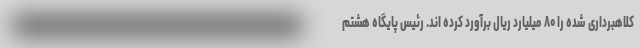
کلاهبرداری شده را ۸۰ میلیارد ریال برآورد کرده اند. رئیس پایگاه هشتم